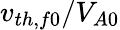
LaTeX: v_{th,f0}/V_{A0}